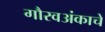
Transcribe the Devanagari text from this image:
गौरवअंकाचे